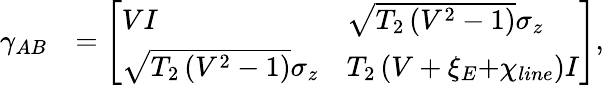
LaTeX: \begin{array}{rl}{{{\gamma}_{AB}}}&{=\left[\begin{array}{ll}{V{I}}&{\sqrt{{{T}_{2}}\left({{V}^{2}}-1\right)}{{\sigma}_{z}}}\\ {\sqrt{{{T}_{2}}\left({{V}^{2}}-1\right)}{{\sigma}_{z}}}&{{{T}_{2}}\left(V+{{\xi}_{E}}\mathrm{+}{{\chi}_{line}}\right){I}}\end{array}\right],}\end{array}